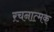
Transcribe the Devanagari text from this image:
ऱचनात्मक